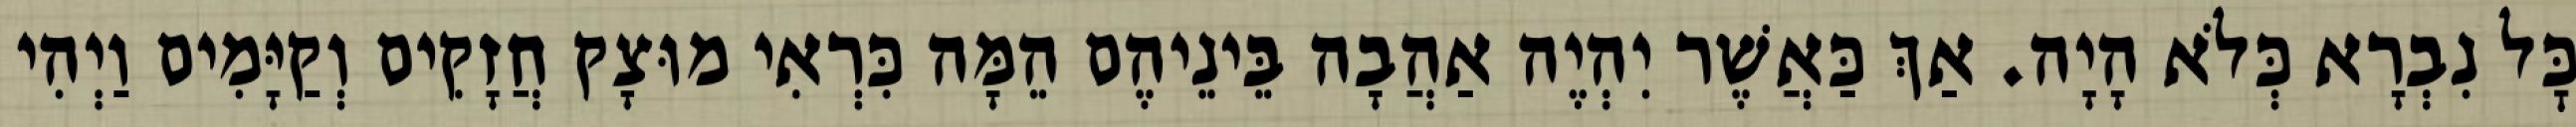
כׇּל נִבְרָא כְּלֹא הָיָה. אַךְ כַּאֲשֶׁר יִהְיֶה אַהֲבָה בֵּינֵיהֶם הֵמָּה כִּרְאִי מוּצָק חֲזָקִים וְקַיָּמִים וַיְהִי